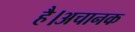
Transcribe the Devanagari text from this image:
है।अचानक